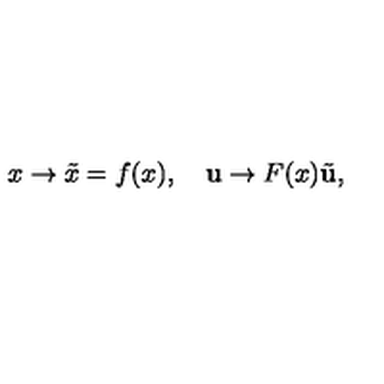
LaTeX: x \to \tilde { x } = f ( x ) , \quad { \bf u } \to F ( x ) \tilde { \bf u } ,